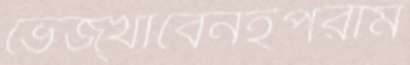
ভেজ্‌খাবেনইপরাম